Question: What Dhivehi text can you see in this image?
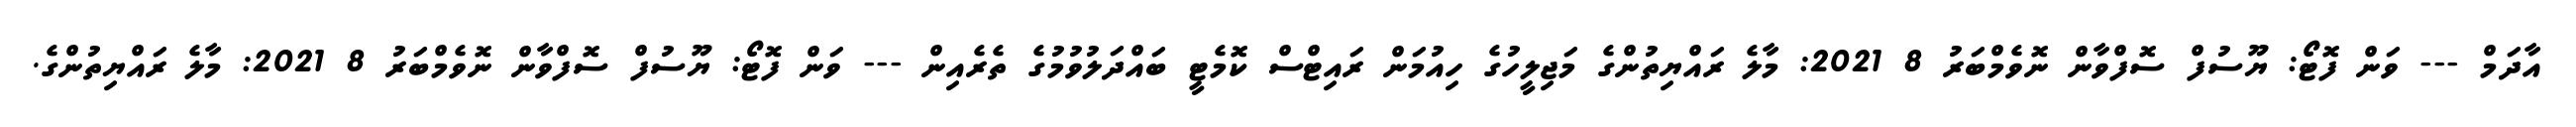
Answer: އާދަމް --- ވަން ފޮޓޯ: ޔޫސުފް ސޮފްވާން ނޮވެމްބަރު 8 2021: މާލެ ރައްޔިތުންގެ މަޖިލީހުގެ ހިއުމަން ރައިޓްސް ކޮމެޓީ ބައްދަލުވުމުގެ ތެރެއިން --- ވަން ފޮޓޯ: ޔޫސުފް ސޮފްވާން ނޮވެމްބަރު 8 2021: މާލެ ރައްޔިތުންގެ.